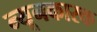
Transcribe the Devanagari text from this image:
न्यूनकारक